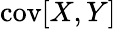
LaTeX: \operatorname{cov}[X,Y]